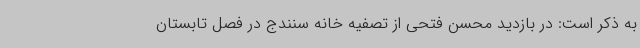
به ذکر است: در بازدید محسن فتحی از تصفیه خانه سنندج در فصل تابستان